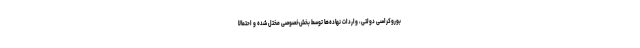
بوروکراسی دولتی، واردات نهاده‌ها توسط بخش‌خصوصی مختل شده و احتمالا